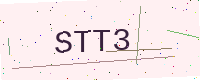
Text: STT3